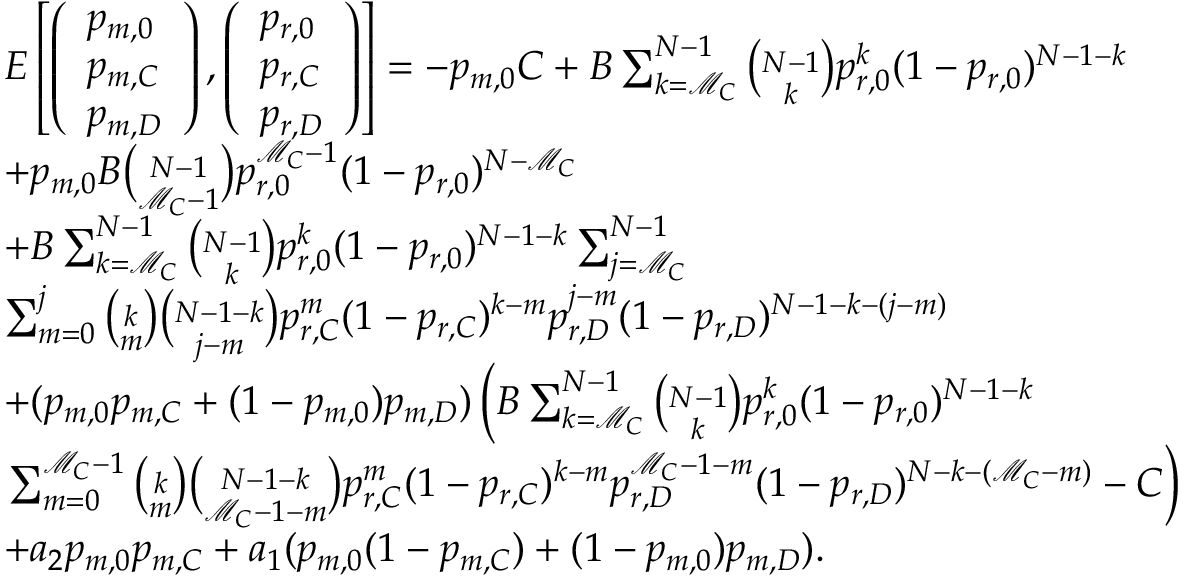
\begin{array} { r l } & { E \left[ \left( \begin{array} { l } { p _ { m , 0 } } \\ { p _ { m , C } } \\ { p _ { m , D } } \end{array} \right) , \left( \begin{array} { l } { p _ { r , 0 } } \\ { p _ { r , C } } \\ { p _ { r , D } } \end{array} \right) \right] = - p _ { m , 0 } C + B \sum _ { k = \mathcal { M } _ { C } } ^ { N - 1 } { \binom { N - 1 } { k } } p _ { r , 0 } ^ { k } ( 1 - p _ { r , 0 } ) ^ { N - 1 - k } } \\ & { + p _ { m , 0 } B { \binom { N - 1 } { \mathcal { M } _ { C } - 1 } } p _ { r , 0 } ^ { \mathcal { M } _ { C } - 1 } ( 1 - p _ { r , 0 } ) ^ { N - \mathcal { M } _ { C } } } \\ & { + B \sum _ { k = \mathcal { M } _ { C } } ^ { N - 1 } { \binom { N - 1 } { k } } p _ { r , 0 } ^ { k } ( 1 - p _ { r , 0 } ) ^ { N - 1 - k } \sum _ { j = \mathcal { M } _ { C } } ^ { N - 1 } } \\ & { \sum _ { m = 0 } ^ { j } { \binom { k } { m } } { \binom { N - 1 - k } { j - m } } p _ { r , C } ^ { m } ( 1 - p _ { r , C } ) ^ { k - m } p _ { r , D } ^ { j - m } ( 1 - p _ { r , D } ) ^ { N - 1 - k - ( j - m ) } } \\ & { + ( p _ { m , 0 } p _ { m , C } + ( 1 - p _ { m , 0 } ) p _ { m , D } ) \left( B \sum _ { k = \mathcal { M } _ { C } } ^ { N - 1 } { \binom { N - 1 } { k } } p _ { r , 0 } ^ { k } ( 1 - p _ { r , 0 } ) ^ { N - 1 - k } \right. } \\ & { \left. \sum _ { m = 0 } ^ { \mathcal { M } _ { C } - 1 } { \binom { k } { m } } { \binom { N - 1 - k } { \mathcal { M } _ { C } - 1 - m } } p _ { r , C } ^ { m } ( 1 - p _ { r , C } ) ^ { k - m } p _ { r , D } ^ { \mathcal { M } _ { C } - 1 - m } ( 1 - p _ { r , D } ) ^ { N - k - ( \mathcal { M } _ { C } - m ) } - C \right) } \\ & { + a _ { 2 } p _ { m , 0 } p _ { m , C } + a _ { 1 } ( p _ { m , 0 } ( 1 - p _ { m , C } ) + ( 1 - p _ { m , 0 } ) p _ { m , D } ) . } \end{array}